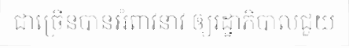
ជាច្រើនបានអំពាវនាវ ឲ្យរដ្ឋាភិបាលជួយ